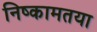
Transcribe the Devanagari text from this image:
निष्कामतया